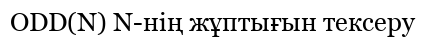
ODD(N) N-нің жұптығын тексеру